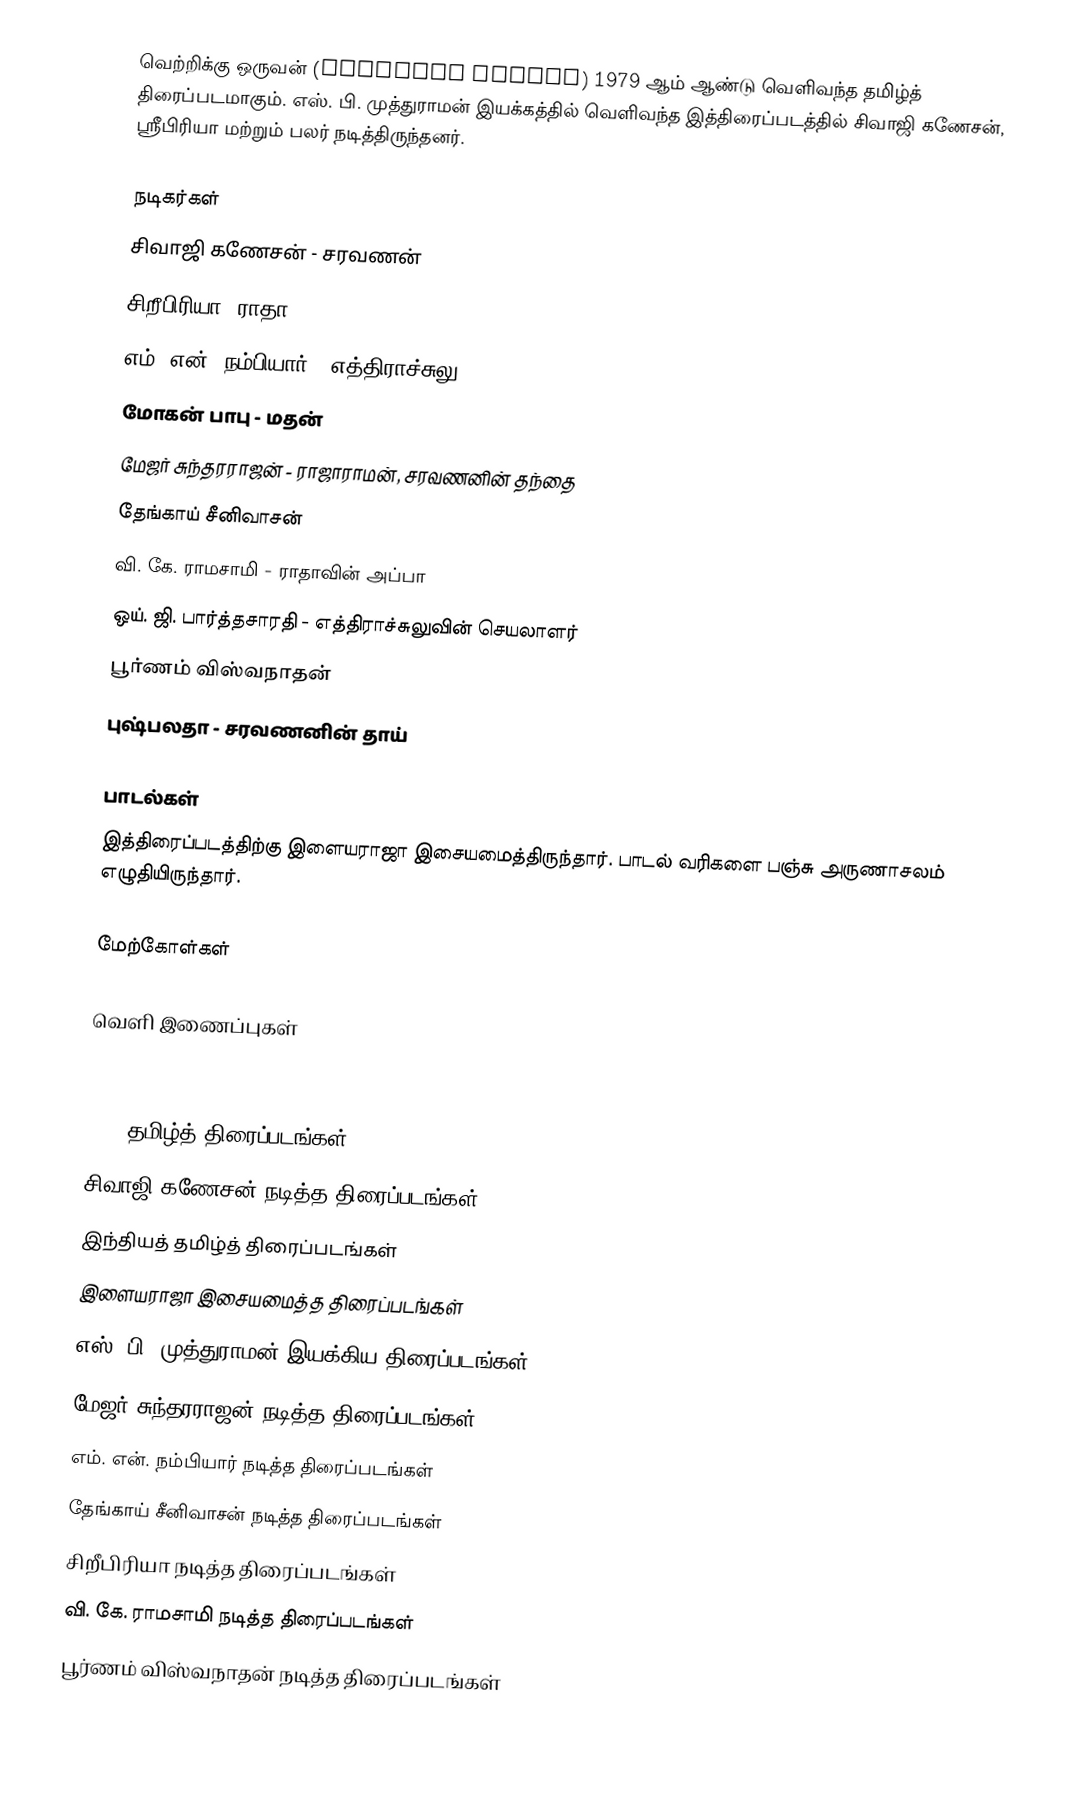
வெற்றிக்கு ஒருவன் (Vetrikku Oruvan) 1979 ஆம் ஆண்டு வெளிவந்த தமிழ்த் திரைப்படமாகும். எஸ். பி. முத்துராமன் இயக்கத்தில் வெளிவந்த இத்திரைப்படத்தில் சிவாஜி கணேசன், ஸ்ரீபிரியா மற்றும் பலர் நடித்திருந்தனர்.

நடிகர்கள்
 சிவாஜி கணேசன் - சரவணன்
 சிறீபிரியா- ராதா
 எம். என். நம்பியார் - எத்திராச்சுலு
 மோகன் பாபு - மதன்
 மேஜர் சுந்தரராஜன் - ராஜாராமன், சரவணனின் தந்தை
 தேங்காய் சீனிவாசன்
 வி. கே. ராமசாமி - ராதாவின் அப்பா
 ஒய். ஜி. பார்த்தசாரதி - எத்திராச்சுலுவின் செயலாளர்
 பூர்ணம் விஸ்வநாதன்
 புஷ்பலதா - சரவணனின் தாய்

பாடல்கள்
இத்திரைப்படத்திற்கு இளையராஜா இசையமைத்திருந்தார். பாடல் வரிகளை பஞ்சு அருணாசலம் எழுதியிருந்தார்.

மேற்கோள்கள்

வெளி இணைப்புகள்

1979 தமிழ்த் திரைப்படங்கள்
சிவாஜி கணேசன் நடித்த திரைப்படங்கள்
இந்தியத் தமிழ்த் திரைப்படங்கள்
இளையராஜா இசையமைத்த திரைப்படங்கள்
எஸ். பி. முத்துராமன் இயக்கிய திரைப்படங்கள்
மேஜர் சுந்தரராஜன் நடித்த திரைப்படங்கள்
எம். என். நம்பியார் நடித்த திரைப்படங்கள்
தேங்காய் சீனிவாசன் நடித்த திரைப்படங்கள்
சிறீபிரியா நடித்த திரைப்படங்கள்
வி. கே. ராமசாமி நடித்த திரைப்படங்கள்
பூர்ணம் விஸ்வநாதன் நடித்த திரைப்படங்கள்